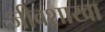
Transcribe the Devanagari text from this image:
जीवशाखा